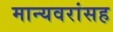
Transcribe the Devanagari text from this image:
मान्यवरांसह